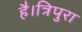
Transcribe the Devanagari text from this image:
है।त्रिपुरा